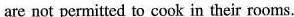
are not permitted to cook in their rooms.